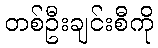
တစ်ဦးချင်းစီကို